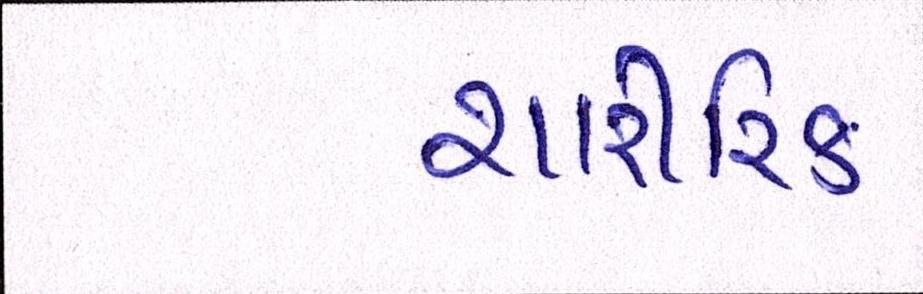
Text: શારીરિક